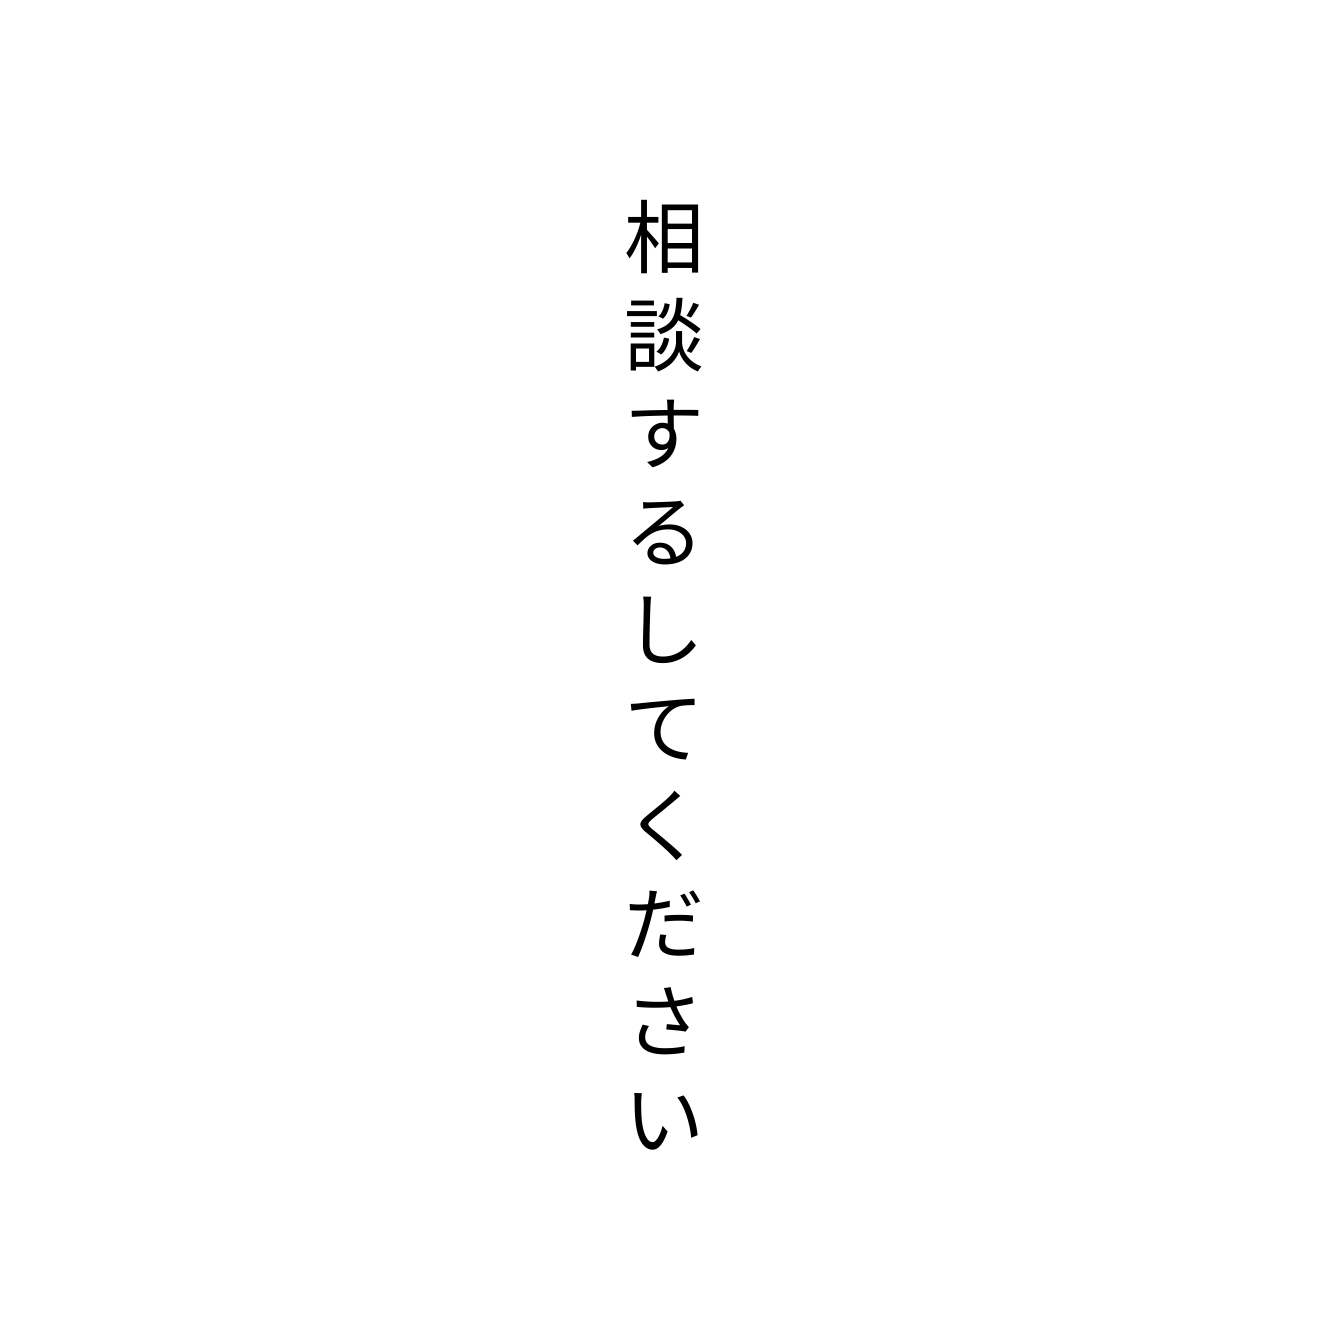
相談するしてください